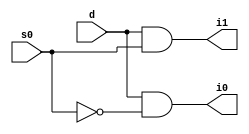
module demux1_2(
  input d,s0,
  output i0,i1);
  wire x;
  not (x,s0);
  and a1(i0,d,x);
  and a2(i1,d,s0);
endmodule